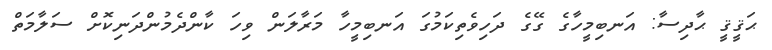
ޙަޤީޤީ ޙާދިސާ: އަނބިމީހާގެ ގޭގެ ދަހިވެތިކަމުގަ އަނބިމީހާ މަރާލަން ވިހަ ކާންދެމުންދަނިކޮށް ސަލާމަތް